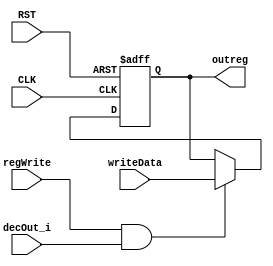
module REG_32 #(parameter W_width = 32) (
input wire			CLK,RST,
input wire 			regWrite,
input wire			decOut_i,
input wire [W_width-1:0]	writeData,

output reg [W_width-1:0]	outreg
);

always@(posedge CLK or negedge RST) begin
if(!RST) begin
	outreg	<= 'b0;
end
else if (regWrite && decOut_i) begin
	outreg	<= writeData;
end
end

endmodule